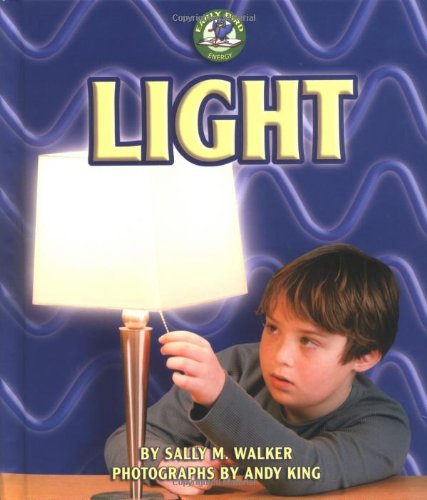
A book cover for Light (Early Bird Energy); Children's Books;